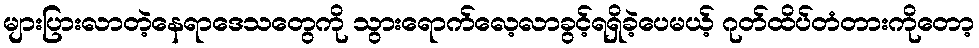
များပြားလာတဲ့နေရာဒေသတွေကို သွားရောက်လေ့လာခွင့်ရရှိခဲ့ပေမယ့် ဂုတ်ထိပ်တံတားကိုတော့